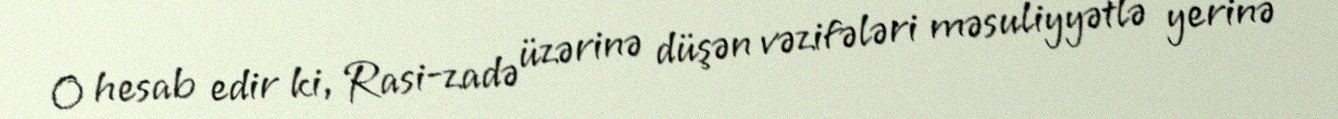
O hesab edir ki, Rasi-zadə üzərinə düşən vəzifələri məsuliyyətlə yerinə